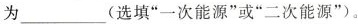
为___(选填”一次能源”或”二次能源”)。